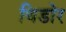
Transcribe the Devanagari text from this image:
थिडोर